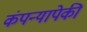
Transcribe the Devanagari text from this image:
कंपन्यापेकी